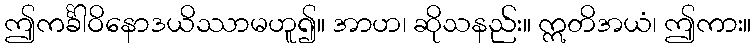
ဤကင်္ခါဝိနောဒယိဿာမဟူ၍။ အာဟ၊ ဆိုသနည်း။ ဣတိအယံ၊ ဤကား။